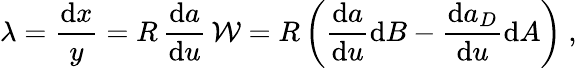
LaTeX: \lambda=\frac{\mathrm{d}x}{y}={R}\, \frac{\mathrm{d}a}{\mathrm{d}u}\, {\cal W}={R}\left(\frac{\mathrm{d}a}{\mathrm{d}u}\mathrm{d}B-\frac{\mathrm{d}a_{D}}{\mathrm{d}u}\mathrm{d}A\right)\ ,